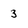
Character: 3